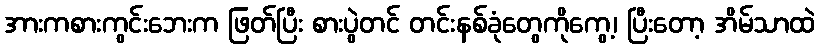
အားကစားကွင်းဘေးက ဖြတ်ပြီး စားပွဲတင် တင်းနစ်ခုံတွေကိုကွေ့၊ ပြီးတော့ အိမ်သာထဲ